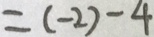
= ( - 2 ) - 4